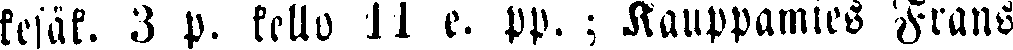
kesäk. 3 p. kello 11 e. pp. ; Kauppamies Frans